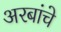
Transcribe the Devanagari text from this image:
अरबांचे